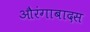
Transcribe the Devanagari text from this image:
औरंगाबादस